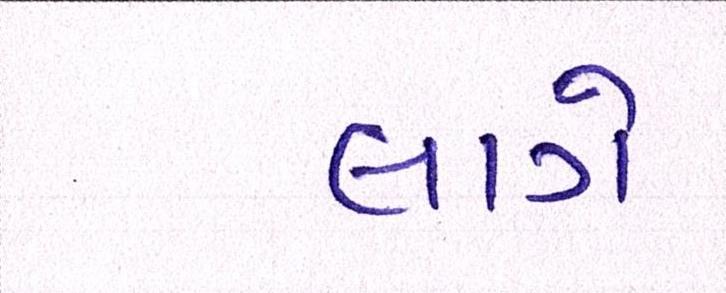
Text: લાગે